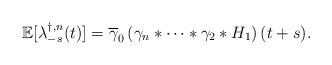
LaTeX: \begin{align*}\mathbb{E}[\lambda_{-s}^{\dagger,n}(t)]=\overline{\gamma}_{0}\left(\gamma_{n}\ast\cdots\ast\gamma_{2}\ast H_{1}\right)(t+s).\end{align*}